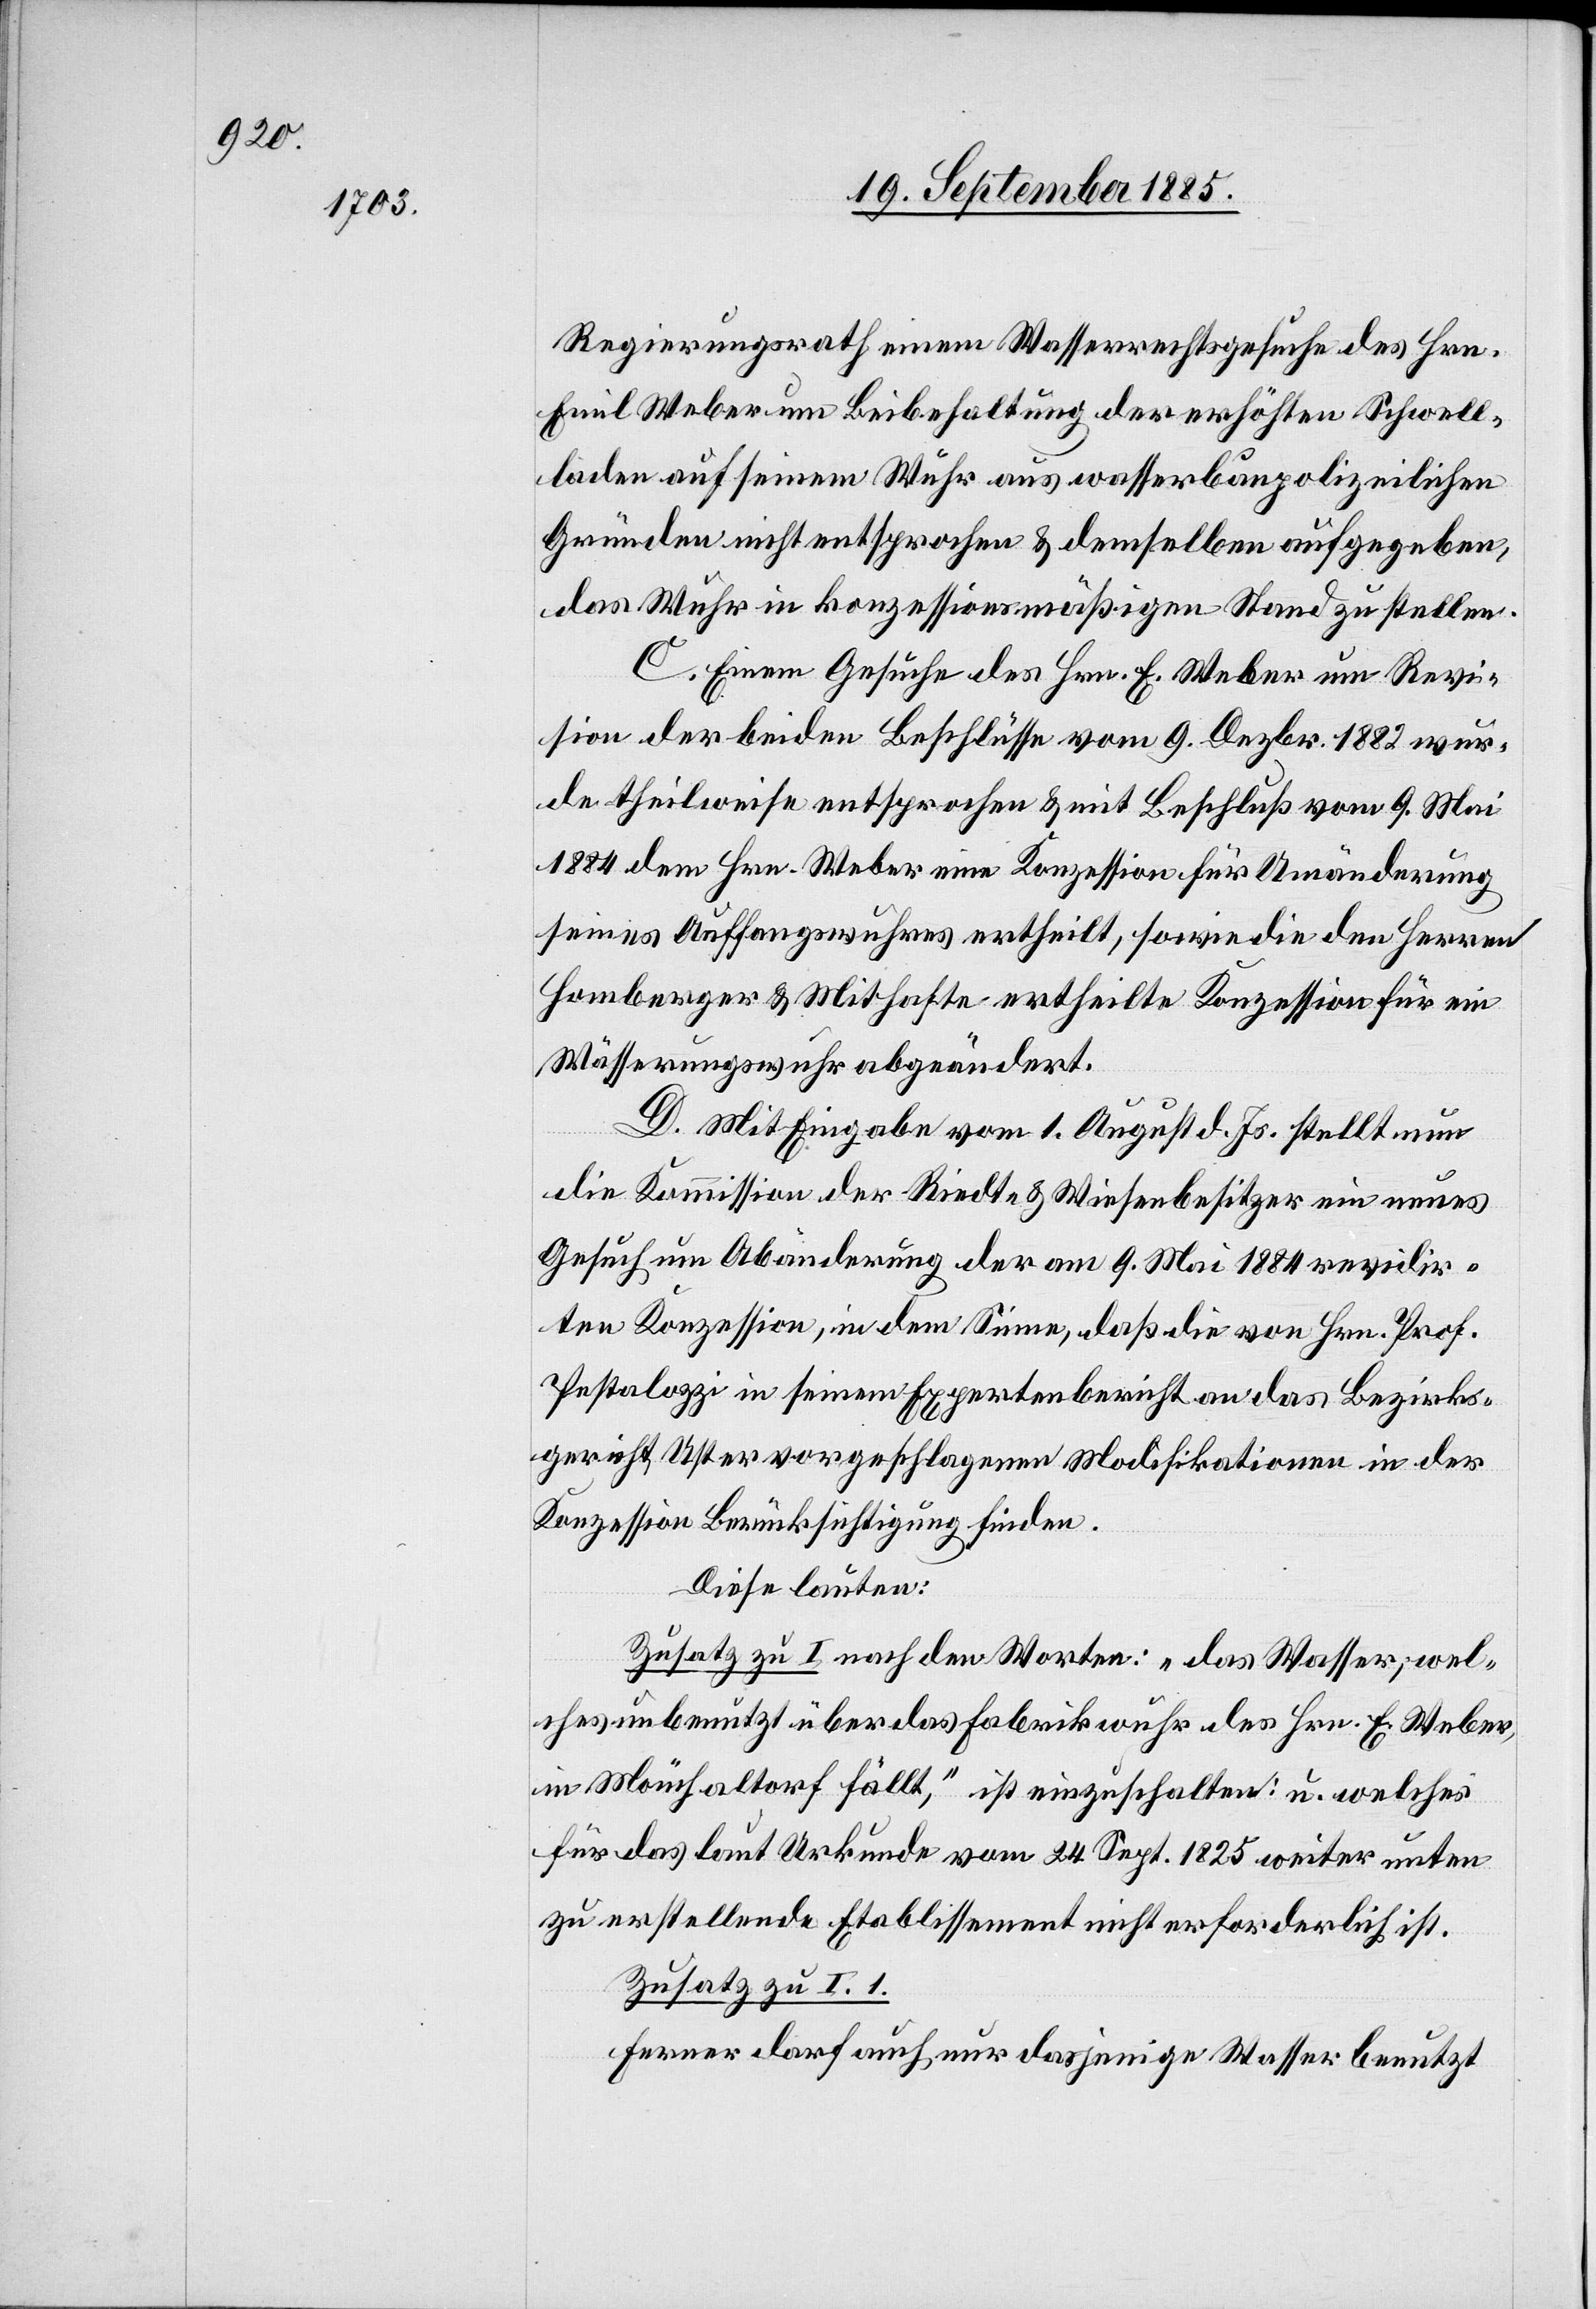
Regierungsrath einem Wasserrechtsgesuche des Hrn.
Emil Weber um Beibehaltung der erhöhten Schwell¬
laden auf seinem Wuhr aus wasserbaupolizeilichen
Gründen nicht entsprochen & demselben aufgegeben,
das Wuhr in konzessionsmäßigen Stand zu stellen.
C. Einem Gesuche des Hrn. E. Weber um Revi¬
sion der beiden Beschlüsse vom 9. Dezbr. 1882 wur¬
de theilweise entsprochen & mit Beschluß vom 9. Mai
1884 dem Hrn. Weber eine Konzession für Umänderung
seines Auffangswuhres ertheilt, sowie die den Herren
Homberger & Mithafte ertheilte Konzession für ein
Wässerungswuhr abgeändert.
D. Mit Eingabe vom 1. August d. Js. stellt nun
die Kommission der Riedt- & Wiesenbesitzer ein neues
Gesuch um Abänderung der am 9. Mai 1884 revidir¬
ten Konzession, in dem Sinne, daß die von Hrn. Prof.
Pestalozzi in seinem Expertenbericht an das Bezirks¬
gericht Uster vorgeschlagenen Modifikationen in der
Konzession Berücksichtigung finden.
Diese lauten:
Zusatz zu I nach den Worten: „das Wasser, wel¬
ches unbenutzt über das Fabrikwuhr des Hrn. E. Weber,
in Mönchaltorf fällt,“ ist einzuschalten: u. welches
für das laut Urkunde vom 24. Sept. 1825 weiter unten
zu erstellende Etablissement nicht erforderlich ist.
Zusatz zu I. 1.
Ferner darf auch nur dasjenige Wasser benutzt